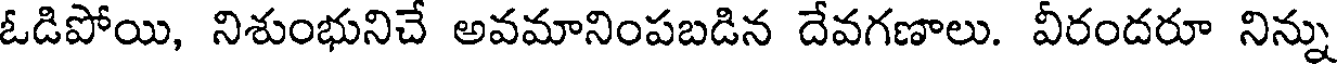
ఓడిపోయి, నిశుంభునిచే అవమానింపబడిన దేవగణాలు. వీరందరూ నిన్ను